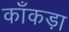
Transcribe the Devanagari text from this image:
काँकड़ा